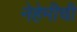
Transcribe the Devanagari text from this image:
नेहेमीची